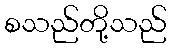
စသည်တို့သည်